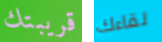
قريبتك لقاءك